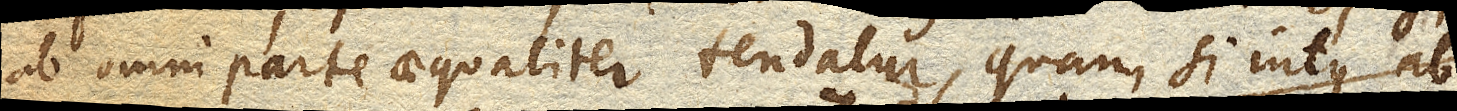
ab omni parte aequaliter tendatur, quam si intus ab